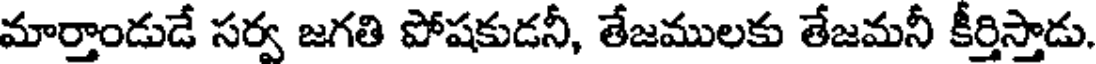
మార్తాండుడే సర్వ జగతి పోషకుడనీ, తేజములకు తేజమనీ కీర్తిస్తాడు.